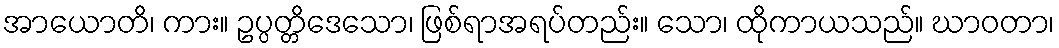
အာယောတိ၊ ကား။ ဥပ္ပတ္တိဒေသော၊ ဖြစ်ရာအရပ်တည်း။ သော၊ ထိုကာယသည်။ ဃာဝတာ၊